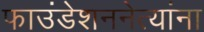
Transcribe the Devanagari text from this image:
फाउंडेशननेत्यांना